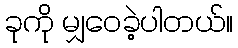
ခုကို မျှဝေခဲ့ပါတယ်။